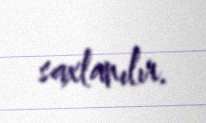
saxlanılır.